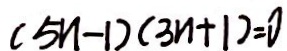
( 5 n - 1 ) ( 3 n + 1 ) = 0